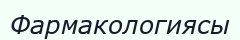
Фармакологиясы